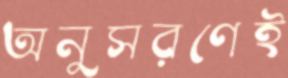
অনুসরণেই